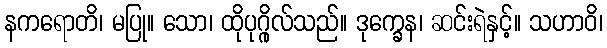
နကရောတိ၊ မပြု။ သော၊ ထိုပုဂ္ဂိုလ်သည်။ ဒုက္ခေန၊ ဆင်းရဲနှင့်။ သဟာဝိ၊